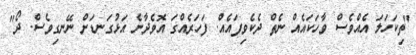
"ތިކަހަލަ އެއްވެސް ވާހަކައެއް ނެތް ދެކެވިފައެއް. ފަހަރެއްގަ އޮވެދާނެ އަޅުގަނޑަށް ނޭނގިވެސް. ދޯ"